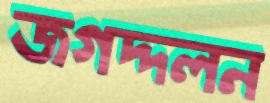
জগদ্দলন